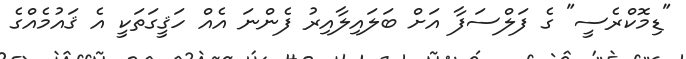
"ޑިމޮކްރެސީ" ގެ ފަލްސަފާ އަށް ބަލައިލާއިރު ފެންނަ އެއް ހަޤީގަތަކީ އެ ޤައުމެއްގެ